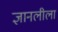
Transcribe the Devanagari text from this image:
ज्ञानलीला